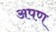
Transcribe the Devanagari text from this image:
अपण